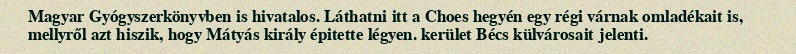
Magyar Gyógyszerkönyvben is hivatalos. Láthatni itt a Choes hegyén egy régi várnak omladékait is, mellyről azt hiszik, hogy Mátyás király épitette légyen. kerület Bécs külvárosait jelenti.